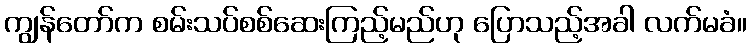
ကျွန်တော်က စမ်းသပ်စစ်ဆေးကြည့်မည်ဟု ပြောသည့်အခါ လက်မခံ။